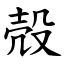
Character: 殻